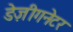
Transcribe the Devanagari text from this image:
डेज़ीगनेटर